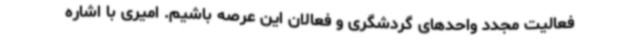
فعالیت مجدد واحدهای گردشگری و فعالان این عرصه باشیم. امیری با اشاره